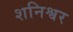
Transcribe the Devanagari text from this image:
शनिश्वर